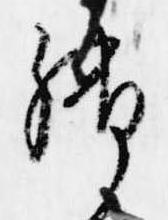
御